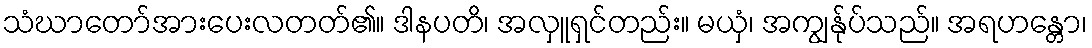
သံဃာတော်အားပေးလတတ်၏။ ဒါနပတိ၊ အလှူရှင်တည်း။ မယှံ၊ အကျွန်ုပ်သည်။ အရဟန္တော၊